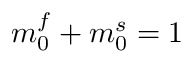
m _ { 0 } ^ { f } + m _ { 0 } ^ { s } = 1